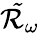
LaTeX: \mathcal{\tilde{R}}_{\omega}